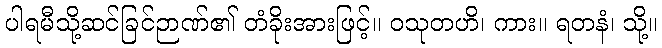
ပါရမီသို့ဆင်ခြင်ဉာဏ်၏ တံခိုးအားဖြင့်။ ဝသုတဟိ၊ ကား။ ရတနံ၊ သို့။